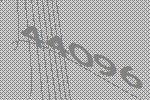
44096